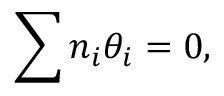
\sum n _ { i } \theta _ { i } = 0 ,